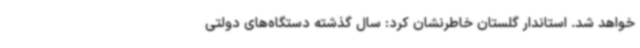
خواهد شد. استاندار گلستان خاطرنشان کرد: سال گذشته دستگاه‌های دولتی